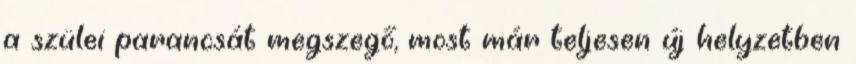
a szülei parancsát megszegő, most már teljesen új helyzetben